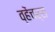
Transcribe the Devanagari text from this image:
व्हेंचर्स